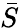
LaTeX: \bar{S}